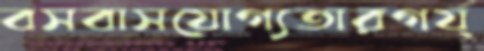
বসবাসযোগ্যতারগর্য্